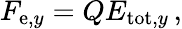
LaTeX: F_{\mathrm{e},y}=QE_{\mathrm{tot},y}\, ,